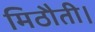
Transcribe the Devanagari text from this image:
मिठौती।